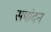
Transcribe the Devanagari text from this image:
सपांदन